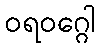
ဝရဝဂ္ဂေါ